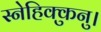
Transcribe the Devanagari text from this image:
स्नेहिक्कुनु।